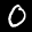
Label: 0